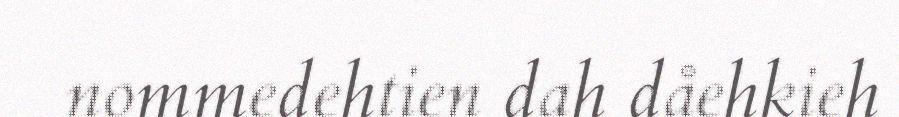
nommedehtien dah dåehkieh